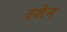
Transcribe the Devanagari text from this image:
दशेन